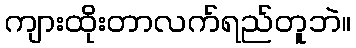
ကျားထိုးတာလက်ရည်တူဘဲ။